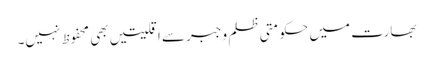
بھارت میں حکومتی ظلم وجبرسے اقلیتیں بھی محفوظ نہیں۔